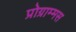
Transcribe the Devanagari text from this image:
प्रोग्राम्मस